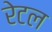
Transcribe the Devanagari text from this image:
रेटल